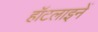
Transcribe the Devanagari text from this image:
हॉटलाइनें